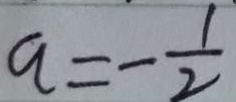
q = - \frac { 1 } { 2 }